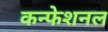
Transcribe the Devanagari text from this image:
कन्फेशनल